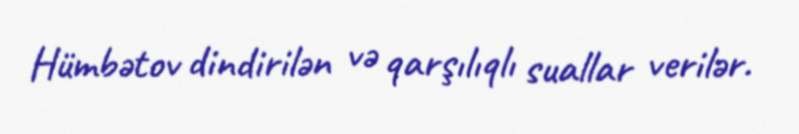
Hümbətov dindirilən və qarşılıqlı suallar verilər.